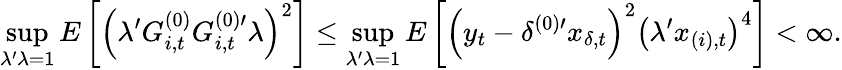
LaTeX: \operatorname*{sup}_{\lambda^{\prime}\lambda=1}E\left[\left(\lambda^{\prime}G_{i,t}^{(0)}G_{i,t}^{(0)\prime}\lambda\right)^{2}\right]\leq\operatorname*{sup}_{\lambda^{\prime}\lambda=1}E\left[\left(y_{t}-\delta^{(0)\prime}x_{\delta,t}\right)^{2}\left(\lambda^{\prime}x_{(i),t}\right)^{4}\right]<\infty.